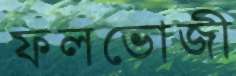
ফলভোজী